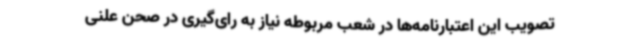
تصویب این اعتبارنامه‌ها در شعب مربوطه نیاز به رای‌گیری در صحن علنی